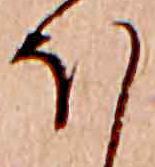
ほ